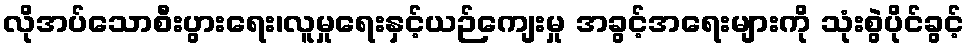
လိုအပ်သောစီးပွားရေး၊လူမှုရေးနှင့်ယဉ်ကျေးမှု အခွင့်အရေးများကို သုံးစွဲပိုင်ခွင့်